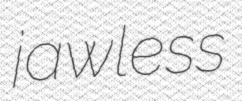
jawless